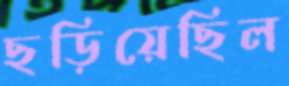
ছড়িয়েছিল